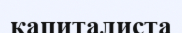
капиталиста